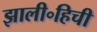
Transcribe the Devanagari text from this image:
झाली॰हिची